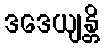
ဒဒေယျန္တိ